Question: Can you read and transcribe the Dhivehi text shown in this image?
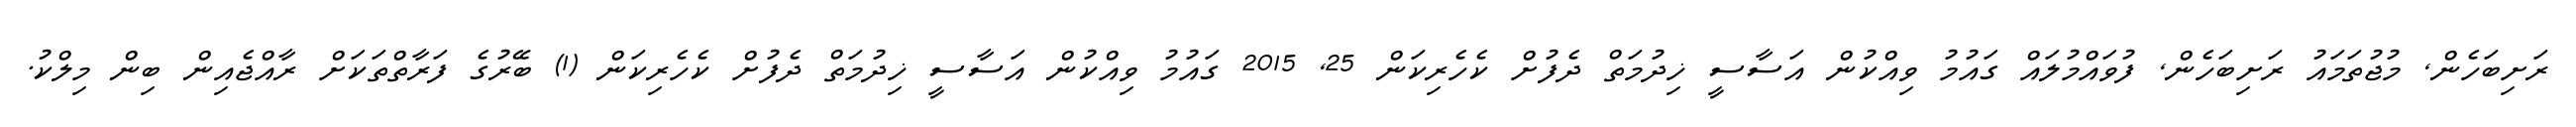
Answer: ރަށިބަހެން, މުޖުތަމައު ރަށިބަހެން, ފުވައްމުލައް ގައުމު ވިއްކުން އަސާސީ ޚިދުމަތް ދެފުށް ކެހެރިކަން 25, 2015 ގައުމު ވިއްކުން އަސާސީ ޚިދުމަތް ދެފުށް ކެހެރިކަން (1) ބޭރުގެ ފަރާތްތަކަށް ރާއްޖެއިން ބިން މިލްކު.